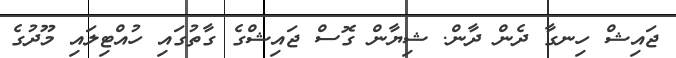
ޖައިޝް ހިނގާ ދެން ދާން. ޝިޔާން ގޮސް ޖައިޝްގެ ގާތުގައި ހުއްޓިލައި މޫދުގެ